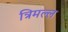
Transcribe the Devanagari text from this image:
त्रिमल्ल